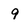
Character: 9